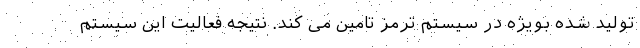
تولید شده بویژه در سیستم ترمز تامین می کند. نتیجه فعالیت این سیستم